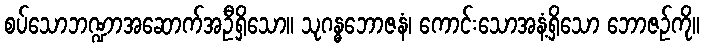
စပ်သောဘဏ္ဍာအဆောက်အဦရှိသော။ သုဂန္ဓဘောဇနံ၊ ကောင်းသောအနံ့ရှိသော ဘောဇဉ်ကို။